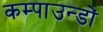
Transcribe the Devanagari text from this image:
कम्पाउन्डों